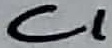
Text: C1